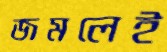
জমলেই